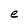
Character: e